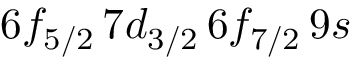
6 f _ { 5 / 2 } \, 7 d _ { 3 / 2 } \, 6 f _ { 7 / 2 } \, 9 s